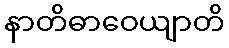
နာတိဓာဝေယျာတိ